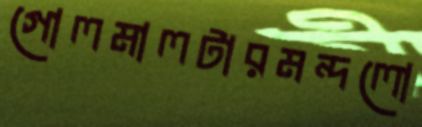
গোলমালটারমন্দলো